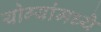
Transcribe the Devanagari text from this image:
योग्यांमध्ये